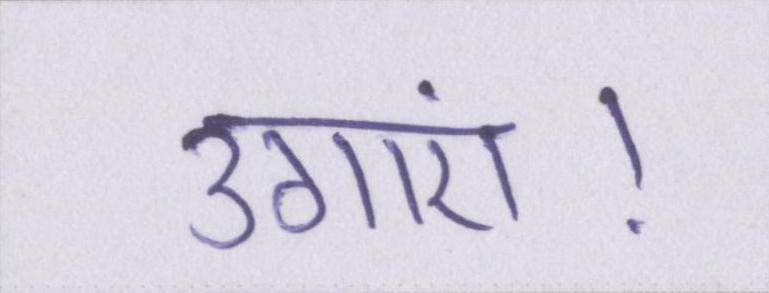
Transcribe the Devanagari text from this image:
उगाएं।